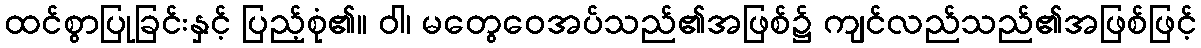
ထင်စွာပြုခြင်းနှင့် ပြည့်စုံ၏။ ဝါ၊ မတွေဝေအပ်သည်၏အဖြစ်၌ ကျင်လည်သည်၏အဖြစ်ဖြင့်